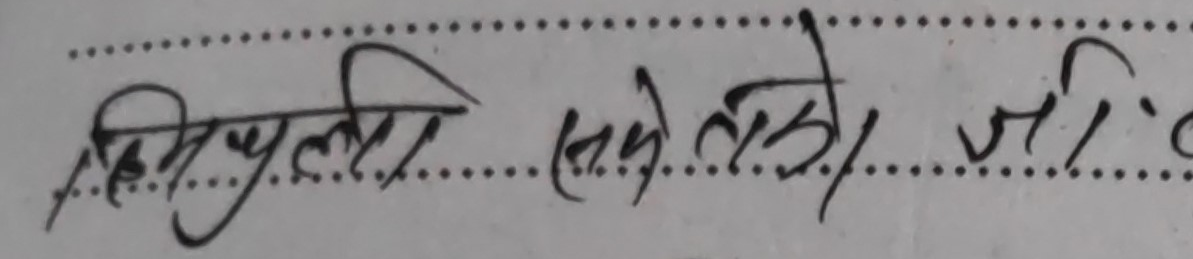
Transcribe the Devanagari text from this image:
सिधुली सकेको जी.